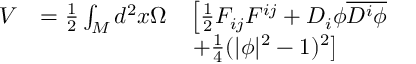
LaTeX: \begin{array} { l l l } { { V } } & { { = \frac { 1 } { 2 } \int _ { M } d ^ { 2 } x \Omega } } & { { \left[ \frac { 1 } { 2 } F _ { i j } F ^ { i j } + D _ { i } \phi \overline { { { D ^ { i } \phi } } } \right. } } \\ { { } } & { { } } & { { \left. + \frac { 1 } { 4 } ( | \phi | ^ { 2 } - 1 ) ^ { 2 } \right] } } \end{array}